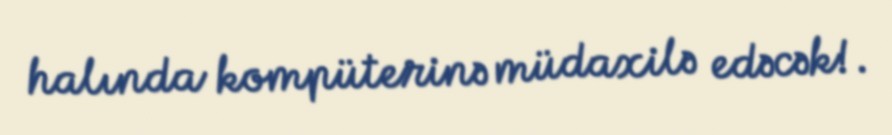
halında kompüterinə müdaxilə edəcək!.